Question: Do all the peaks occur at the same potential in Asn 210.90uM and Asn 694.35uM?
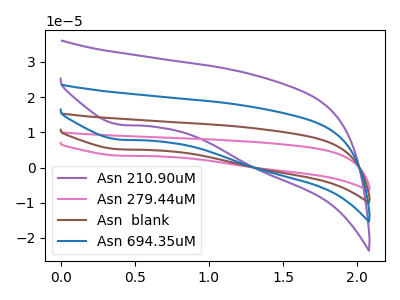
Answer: <think>The purple curve "Asn 210.90uM" has a cathodic peak at: (0.40V, 12.20uA). The pink curve "Asn 279.44uM" has a cathodic peak at: (0.40V, 23.90uA). The brown curve "Asn  blank" has a cathodic peak at: (0.40V, 15.90uA). The blue curve "Asn 694.35uM" has a cathodic peak at: (0.40V, 7.95uA).</think>
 <answer>Yes, "Asn 210.90uM" have a peak in "Asn 694.35uM" at the same potential.</answer>
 <eval>match</eval>